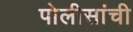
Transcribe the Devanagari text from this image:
पोलीसांची